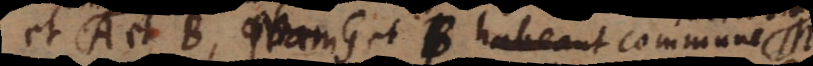
et A et B et G et B habeant commune